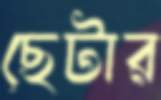
ছেটার